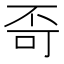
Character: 𪜄